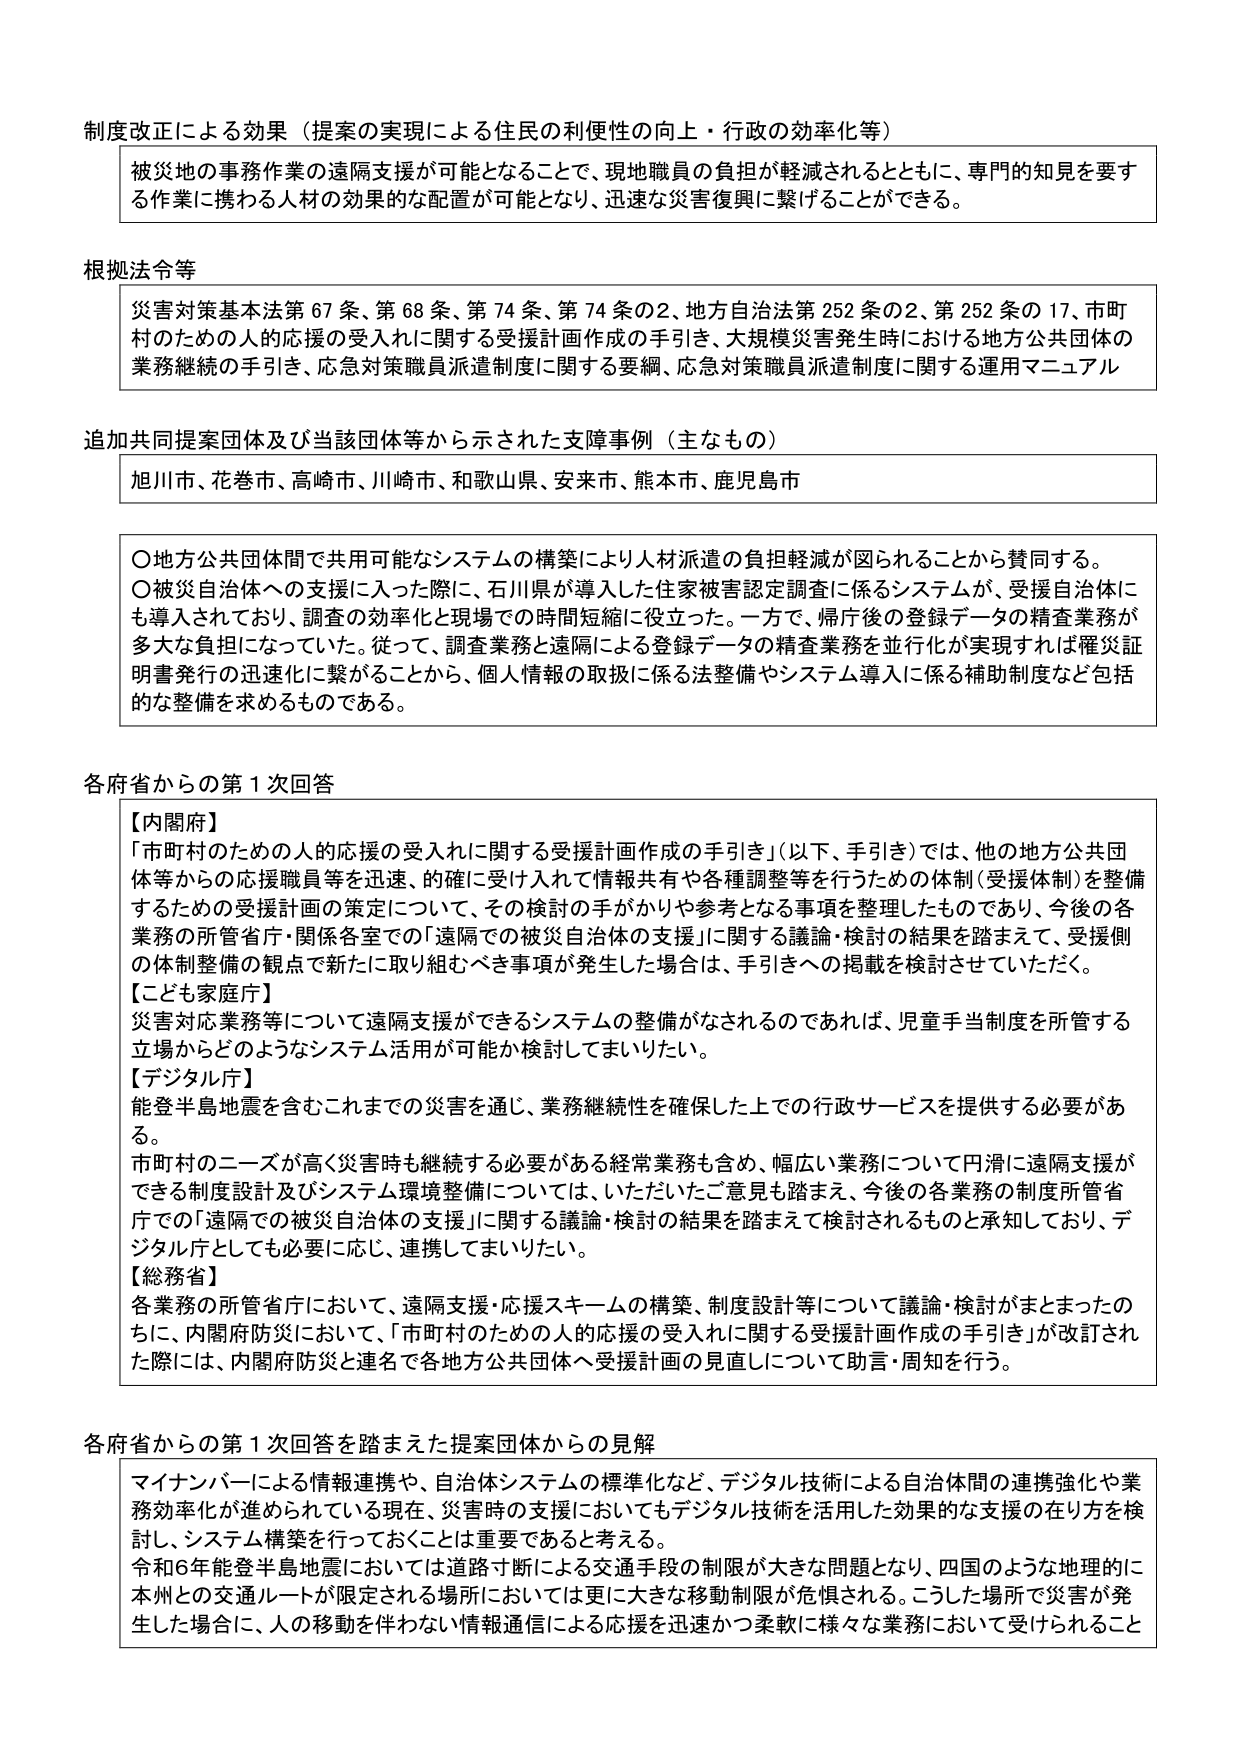
制度改正による効果（提案の実現による住民の利便性の向上・行政の効率化等）
被災地の事務作業の遠隔支援が可能となることで、現地職員の負担が軽減されるとともに、専門的知見を要する作業に携わる人材の効果的な配置が可能となり、迅速な災害復興に繋げることができる。

根拠法令等
災害対策基本法第67条、第68条、第74条、第74条の2、地方自治法第252条の2、第252条の17、市町村のための人的応援の受入れに関する支援計画作成の手引き、大規模災害発生時における地方公共団体の業務継続の手引き、応急対策職員派遣制度に関する要綱、応急対策職員派遣制度に関する運用マニュアル

追加共同提案団体及び当該団体等から示された支援事例（主なもの）
旭川市、花巻市、高崎市、川崎市、和歌山県、安来市、熊本市、鹿児島市

〇地方公共団体間で共用可能なシステムの構築により人材派遣の負担軽減が図られることから賛同する。
〇被災自治体への支援に入った際に、石川県が導入した住家被害認定調査に係るシステムが、受援自治体にも導入されており、調査の効率化と現場での時間短縮に役立った。一方で、帰庁後の登録データの精査業務が多大な負担になっていた。従って、調査業務と遠隔による登録データの精査業務を並行化が実現すれば罹災証明書発行の迅速化に繋がることから、個人情報の取扱に係る法整備やシステム導入に係る補助制度など包括的な整備を求めるものである。

各府省からの第1次回答
【内閣府】
「市町村のための人的応援の受入れに関する支援計画作成の手引き」（以下、手引き）では、他の地方公共団体等からの応援職員等を迅速、的確に受け入れて情報共有や各種調整等を行うための体制（受援体制）を整備するための支援計画の策定について、その検討の手がかりや参考となる事項を整理したものであり、今後の各業務の所管省庁・関係各室での「遠隔での被災自治体の支援」に関する議論・検討の結果を踏まえて、受援側の体制整備の観点で新たに取り組むべき事項が発生した場合は、手引きへの掲載を検討させていただく。
【こども家庭庁】
災害対応業務等について遠隔支援ができるシステムの整備がなされるのであれば、児童手当制度を所管する立場からどのようなシステム活用が可能か検討してまいりたい。
【デジタル庁】
能登半島地震を含むこれまでの災害を通じ、業務継続性を確保した上での行政サービスを提供する必要がある。
市町村のニーズが高く災害時も継続する必要がある経常業務も含め、幅広い業務について円滑に遠隔支援ができる制度設計及びシステム環境整備については、いただいたご意見を踏まえ、今後の各業務の制度所管省庁での「遠隔での被災自治体の支援」に関する議論・検討の結果を踏まえて検討されるものと承知しており、デジタル庁としても必要に応じ、連携してまいりたい。
【総務省】
各業務の所管省庁において、遠隔支援・応援スキームの構築、制度設計等について議論・検討がまとまったのちに、内閣府防災において、「市町村のための人的応援の受入れに関する支援計画作成の手引き」が改訂された際には、内閣府防災と連名で各地方公共団体へ支援計画の見直しについて助言・周知を行う。

各府省からの第1次回答を踏まえた提案団体からの見解
マイナンバーによる情報連携や、自治体システムの標準化など、デジタル技術による自治体間の連携強化や業務効率化が進められている現在、災害時の支援においてもデジタル技術を活用した効果的な支援の在り方を検討し、システム構築を行っておくことは重要であると考える。
令和6年能登半島地震においては道路寸断による交通手段の制限が大きな問題となり、四国のような地理的に本州との交通ルートが限定される場所においては更に大きな移動制限が危惧される。こうした場所で災害が発生した場合に、人の移動を伴わない情報通信による応援を迅速かつ柔軟に様々な業務において受けられること